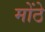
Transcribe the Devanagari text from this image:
मोंठे